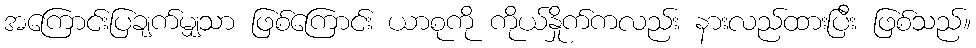
အကြောင်းပြချက်မျှသာ ဖြစ်ကြောင်း ယာစုကို ကိုယ်နှိုက်ကလည်း နားလည်ထားပြီး ဖြစ်သည်။